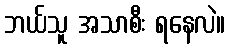
ဘယ်သူ အသာစီး ရနေလဲ။